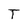
Character: T